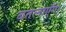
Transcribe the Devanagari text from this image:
बतलाएँगे।